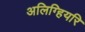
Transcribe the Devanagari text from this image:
अलिग्हियरि